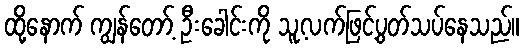
ထို့နောက် ကျွန်တော့် ဦးခေါင်းကို သူ့လက်ဖြင့်ပွတ်သပ်နေသည်။